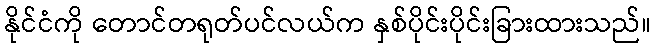
နိုင်ငံကို တောင်တရုတ်ပင်လယ်က နှစ်ပိုင်းပိုင်းခြားထားသည်။